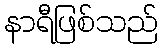
နာရီဖြစ်သည်